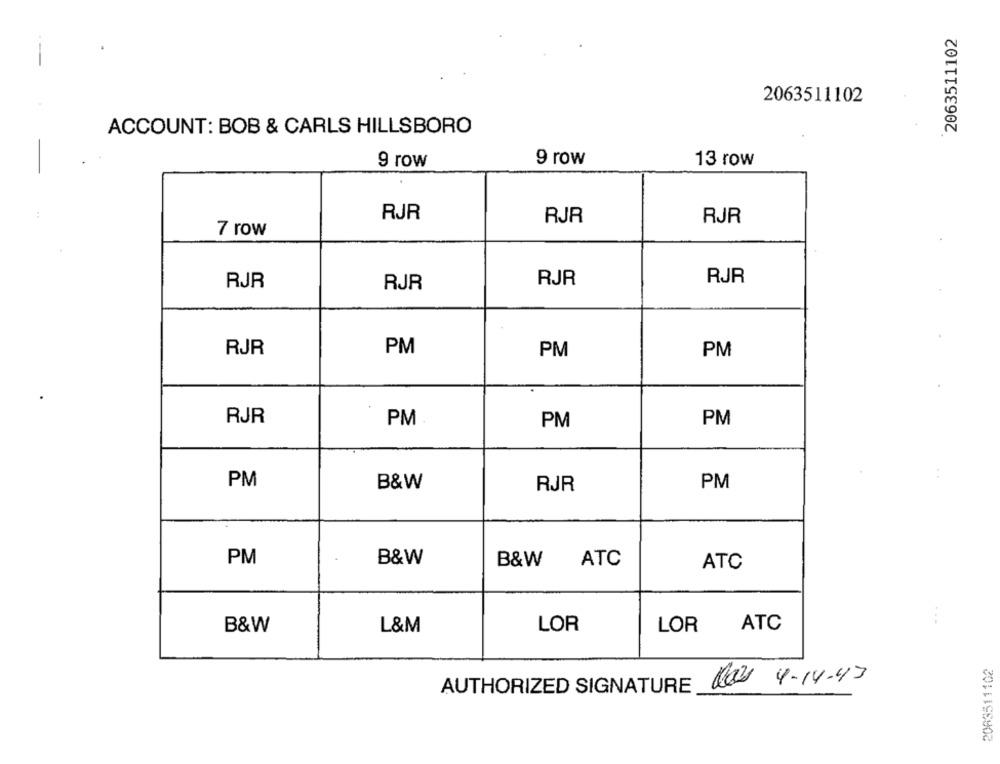
2063511102
2063511102
ACCOUNT: BOB & CARLS HILLSBORO
9 row
9 row
13 row
RJR
RJR
RJR
7 row
RJR
RJR
RJR
RJR
RJR
PM
PM
PM
RJR
PM
PM
PM
PM
B&W
RJR
PM
PM
B&W
B&W
ATC
ATC
LOR
ATC
B&W
L&M
LOR
2083511102
Nos 4-14-43
AUTHORIZED SIGNATURE